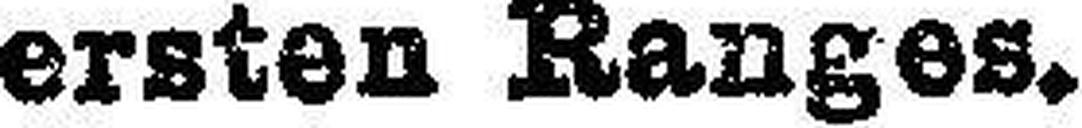
ersten Ranges.